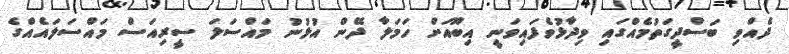
ދެއްވި ބަސްދީގަތުމެއްގައި ވިދާޅުވެފައިވަނީ އިބޫއަށް ހަމަލާ ދޭން އުޅުނު މައްސަލަ ސީރިއަސް މައްސަލައެއްގެ